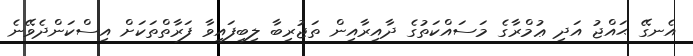
އެނގޭ ޙައްޖު އަދި ޢުމްރާގެ މަސައްކަތުގެ ދާއިރާއިން ތަޖުރިބާ ލިބިފައިވާ ފަރާތްތަކަށް އިސްކަންދެވޭނެ